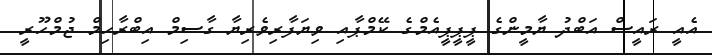
އެއީ ރައީސް އަބްދު ޔާމީންގެ ޕީޕީޕީއެމްގެ ކޭމްޕާއި ވިޔަފާރިވެރިޔާ ގާސިމް އިބްރާހިމް ޖުމްހޫރީ